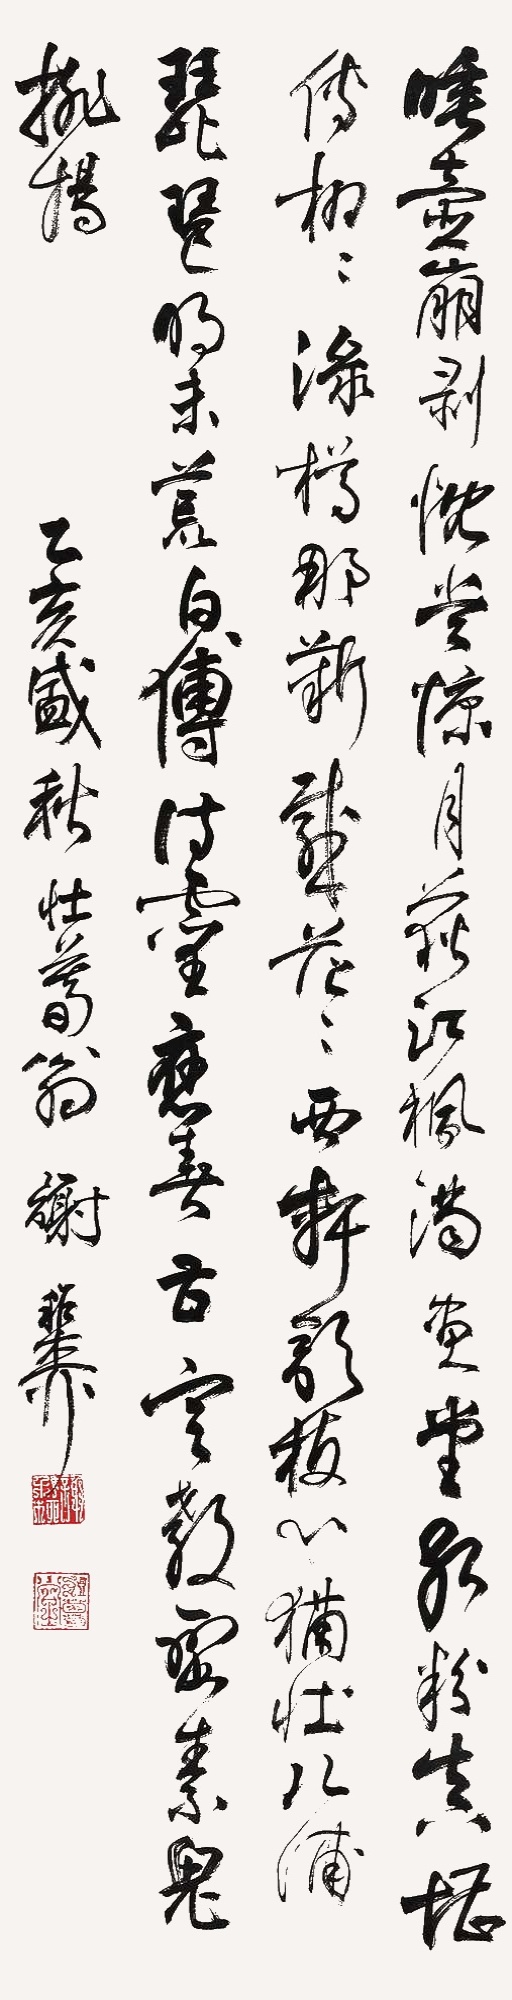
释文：唾壶崩剥慨当慷，月荻江枫满画堂。红粉真堪传栩栩，渌樽那靳感茫茫。西轩鼓板心犹壮，北浦琵琶韵未荒。白傅诗灵应喜甚，定教蛮素鬼排场。乙亥盛秋，壮暮翁谢稚柳。